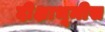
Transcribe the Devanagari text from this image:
दीक्षाभूमीस